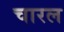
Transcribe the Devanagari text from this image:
चारल